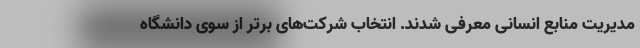
مدیریت منابع انسانی معرفی شدند. انتخاب شرکت‌های برتر از سوی دانشگاه